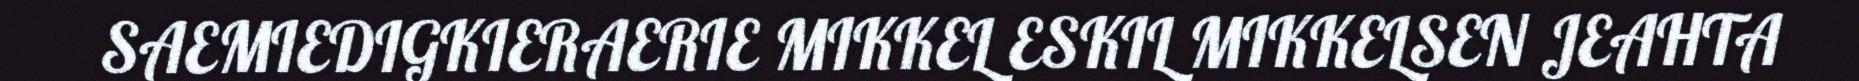
SAEMIEDIGKIERAERIE MIKKEL ESKIL MIKKELSEN JEAHTA